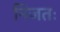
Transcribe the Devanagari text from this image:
निजतः